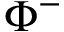
\Phi ^ { - }